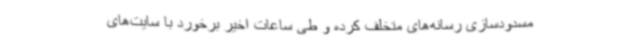
مسدودسازی رسانه‌های متخلف کرده و طی ساعات اخیر برخورد با سایت‌های